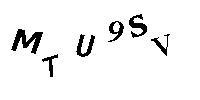
MTU9SV